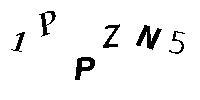
1PPZN5